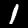
Digit: 1